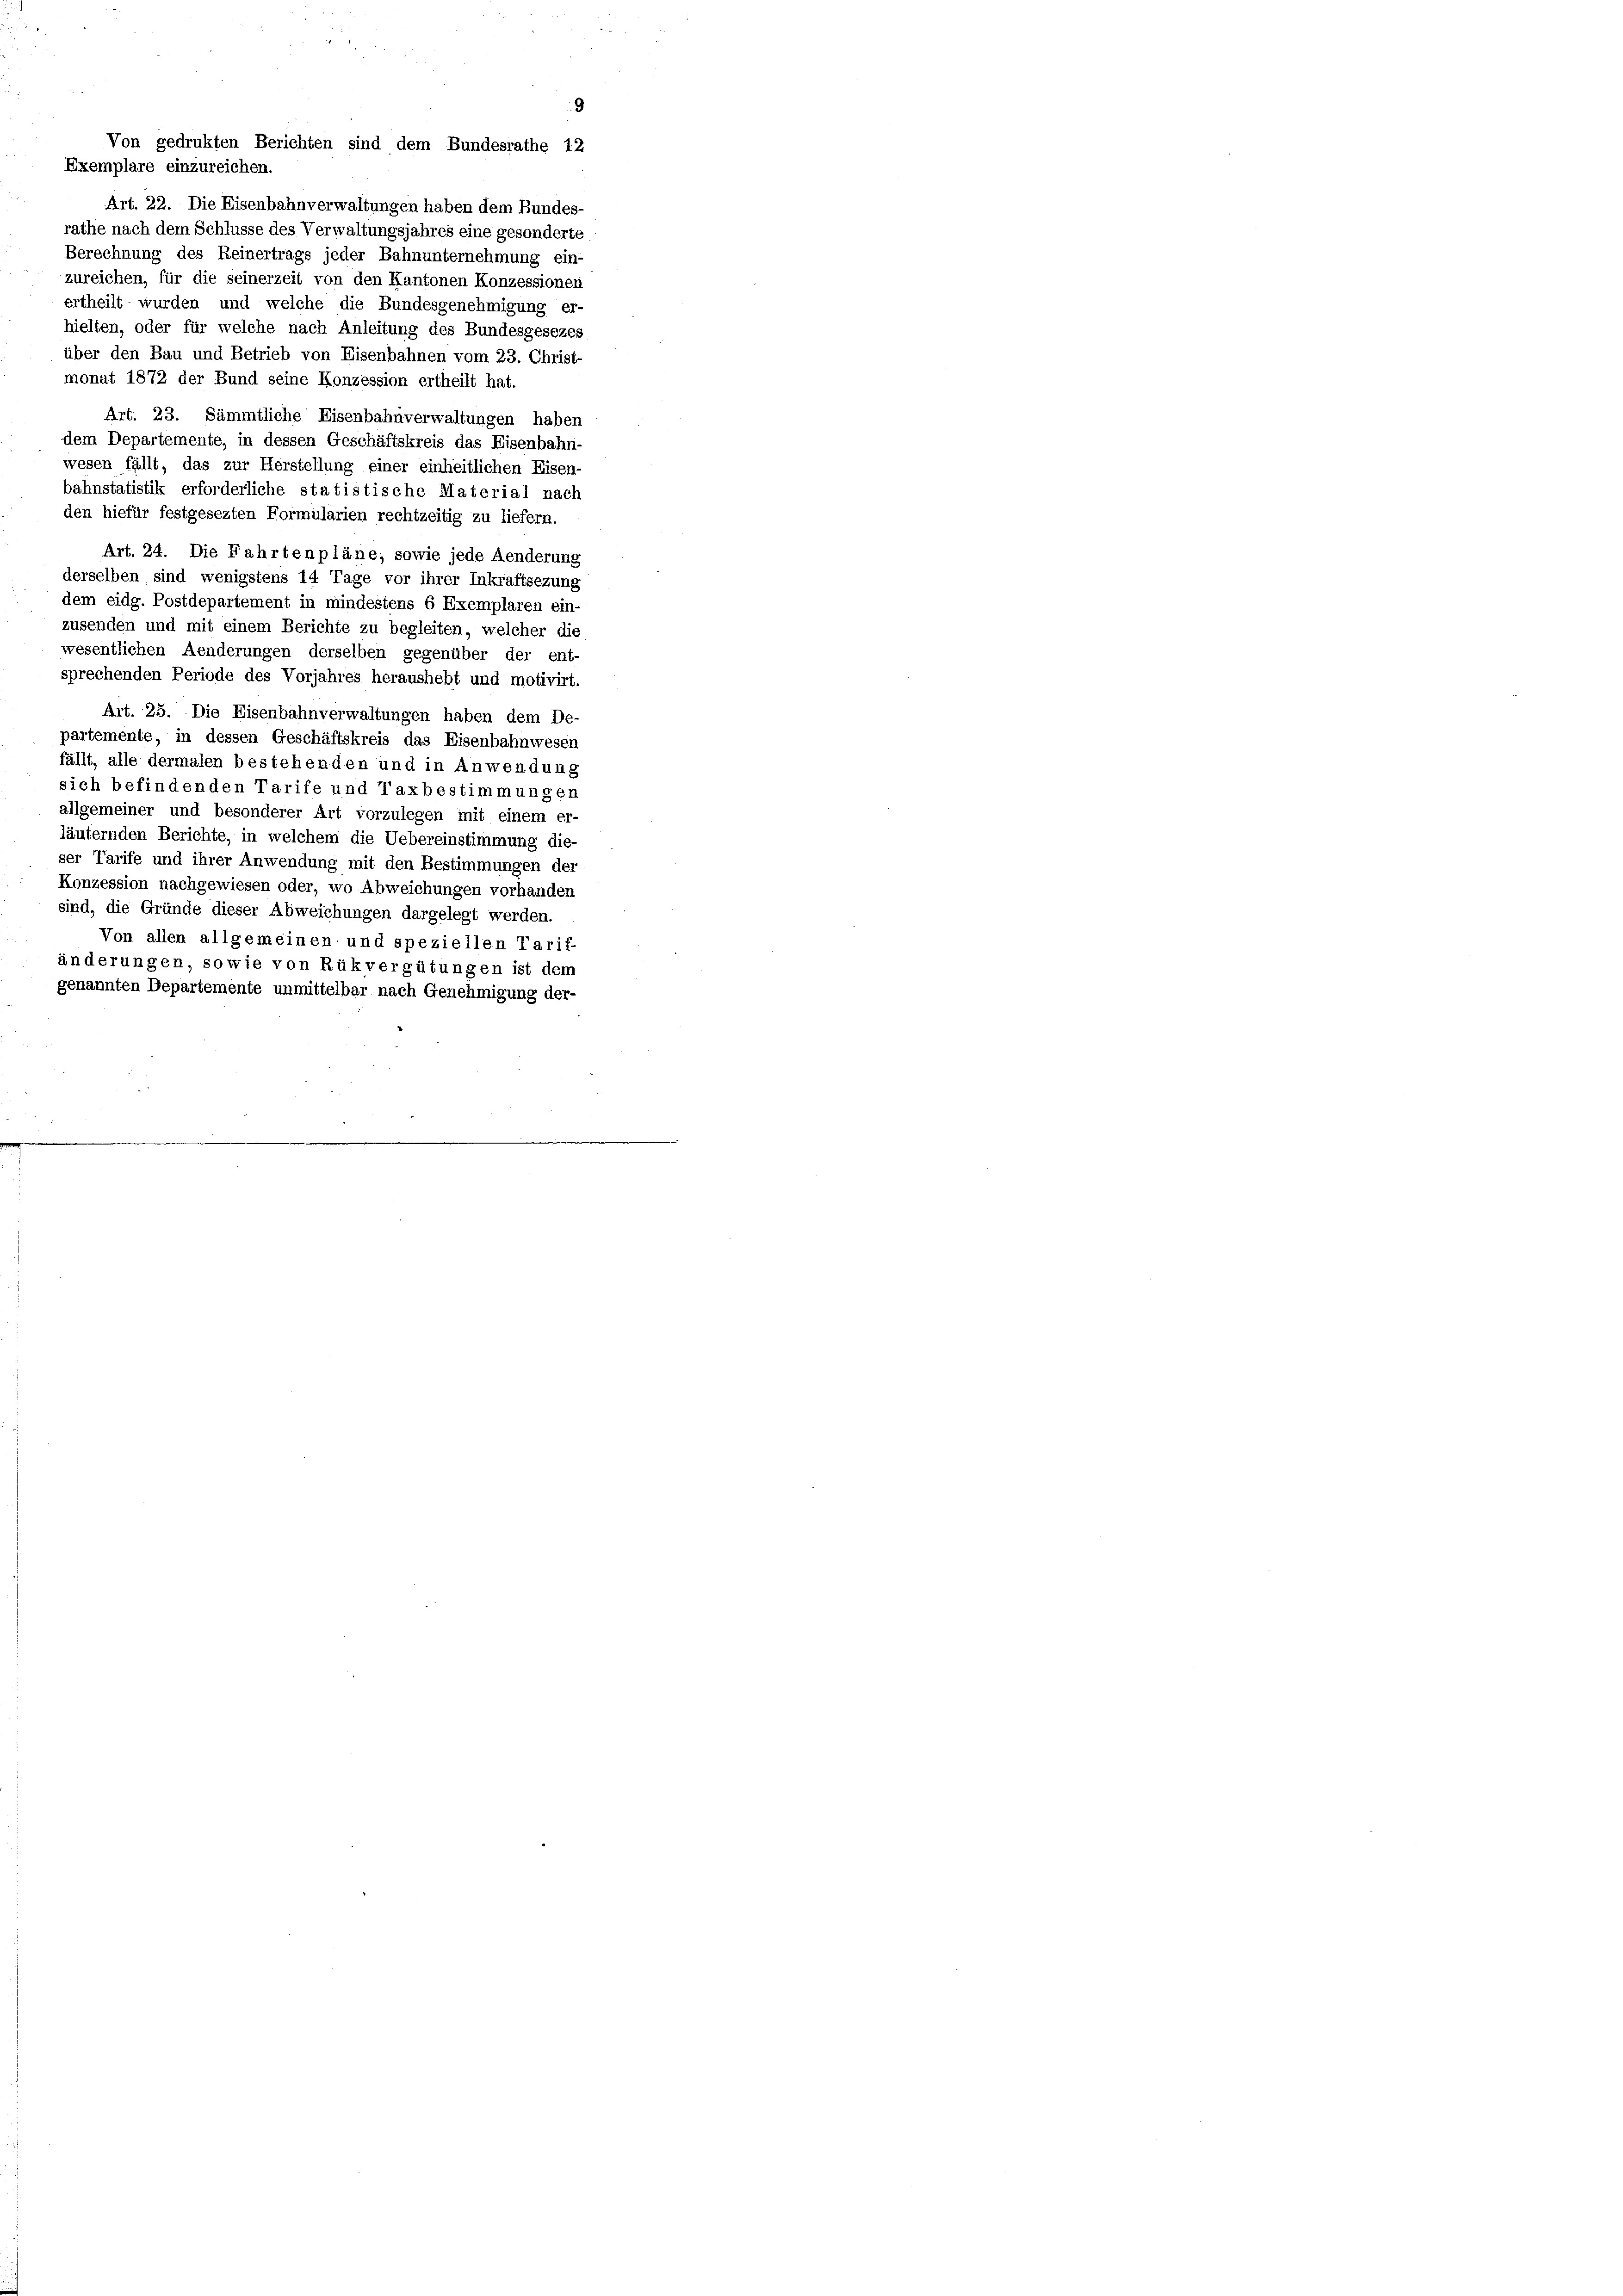
Von gedrukten Berichten sind dem Bundesrathe 12
Exemplare einzureichen.
Art. 22. Die Eisenbahnverwaltungen haben dem Bundes-
rathe nach dem Schlüsse des Verwaltungsjahres eine gesonderte
Berechnung des Reinertrags jeder Bahnunternehmung ein-
zureichen, für die seinerzeit von den Kantonen Konzessionen
ertheilt wurden und welche die Bundesgenehmigung er-
hielten, oder für welche nach Anleitung des Bundesgesezes
über den Bau und Betrieb von Eisenbahnen vom 23. Christ-

monat 1872 der Bund seine Konzession ertheilt hat.
Art. 23. Sämmtliche Eisenbahnverwaltungen haben
dem Departemente, in dessen Geschäftskreis das Eisenbahn-
wesen fällt, das zur Herstellung einer einheitlichen Eisen-
bahnstatistik erforderliche statistische Material nach
den hiefür festgesezten Formularien rechtzeitig zu liefern.
Art. 24. Die Fahrtenpläne, sowie jede Aenderung
derselben sind wenigstens 14 Tage vor ihrer Inkraftsezung
dem eidg. Postdepartement in mindestens 6 Exemplaren ein-
zusenden und mit einem Berichte zu begleiten, welcher die
wesentlichen Aenderungen derselben gegenüber der ent-
sprechenden Periode des Vorjahres heraushebt und motivirt.
Art. 25. Die Eisenbahnverwaltungen haben dem De-
partemente, in dessen Geschäftskreis das Eisenbahnwesen
fällt, alle dermalen bestehenden und in Anwendung
sich befindenden Tarife und Taxbestimmungen
allgemeiner und besonderer Art vorzulegen mit einem er-
läuternden Berichte, in welchem die Uebereinstimmung die
ser Tarife und ihrer Anwendung mit den Bestimmungen der
Konzession nachgewiesen oder, wo Abweichungen vorhanden
sind, die Gründe dieser Abweichungen dargelegt werden.
Von allen allgemeinen und speziellen Tarif-
änderungen, sowie von Rükvergütungen ist dem
genannten Departemente unmittelbar nach Genehmigung der-